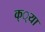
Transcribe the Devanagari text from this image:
क््या